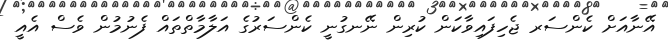
އޭނާއަށް ކެންސަރ ޖެހިފައިވާކަން ކުރިން ނޭނގުނީ ކެންސަރުގެ އަލާމާތްތައް ފެނުމުން ވެސް އެއީ